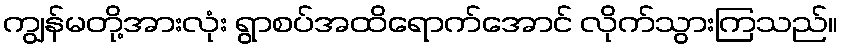
ကျွန်မတို့အားလုံး ရွာစပ်အထိရောက်အောင် လိုက်သွားကြသည်။